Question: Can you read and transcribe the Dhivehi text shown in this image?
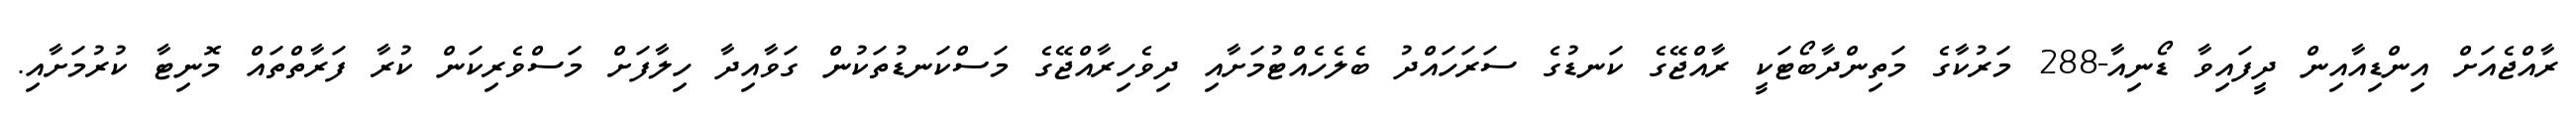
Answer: ރާއްޖެއަށް އިންޑިއާއިން ދީފައިވާ ޑޯނިއާ-288 މަރުކާގެ މަތިންދާބޯޓަކީ ރާއްޖޭގެ ކަނޑުގެ ސަރަހައްދު ބެލެހެއްޓުމަށާއި ދިވެހިރާއްޖޭގެ މަސްކަނޑުތަކުން ގަވާއިދާ ހިލާފަށް މަސްވެރިކަން ކުރާ ފަރާތްތައް މޮނިޓާ ކުރުމަށާއި.